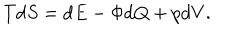
T \mathrm { d } S = \mathrm { d } E - \Phi \mathrm { d } Q + p \mathrm { d } V .